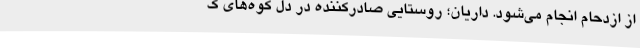
از ازدحام انجام می‌شود. داریان؛ روستایی صادرکننده در دل کوه‌های ک